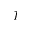
\mathcal { T }